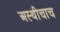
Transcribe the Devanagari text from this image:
अस्थीचाच